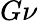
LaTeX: G\nu